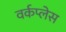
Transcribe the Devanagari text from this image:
वर्कप्लेस